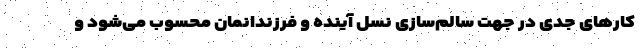
کارهای جدی در جهت سالم‌سازی نسل آینده و فرزندانمان محسوب می‌شود و